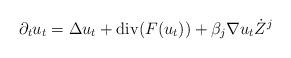
LaTeX: \begin{align*}\partial _tu_t=\Delta u_t + \mathrm{div}(F(u_t)) + \beta _j \nabla u_t\dot Z^j\end{align*}